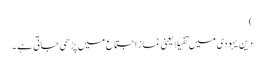
)
دین یہودی میں تفیلا یعنی نماز اجتماع میں پڑھی جاتی ہے ۔